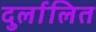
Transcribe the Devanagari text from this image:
दुर्लालित